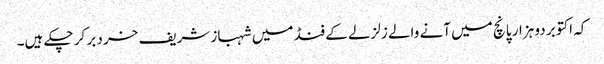
کہ اکتوبر دو ہزار پانچ میں آنے والے زلزلے کے فنڈ میں شہباز شریف خرد بر کر چکے ہیں۔